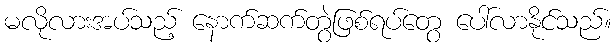
မလိုလားအပ်သည့် နောက်ဆက်တွဲဖြစ်ရပ်တွေ ပေါ်လာနိုင်သည်။